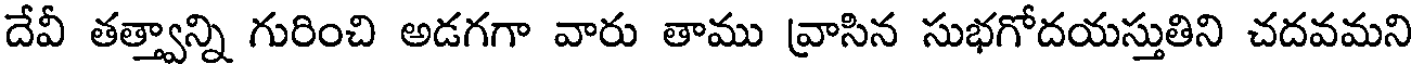
దేవీ తత్త్వాన్ని గురించి అడగగా వారు తాము వ్రాసిన సుభగోదయస్తుతిని చదవమని